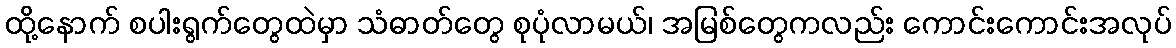
ထို့နောက် စပါးရွက်တွေထဲမှာ သံဓာတ်တွေ စုပုံလာမယ်၊ အမြစ်တွေကလည်း ကောင်းကောင်းအလုပ်